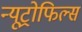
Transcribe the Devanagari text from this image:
न्यूट्रोफिल्स